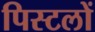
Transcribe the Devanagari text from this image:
पिस्टलों